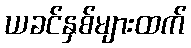
ယခင်နှစ်များထက်